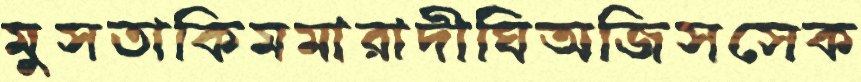
মুসতাকিমমারাদীঘিঅজিসসেক